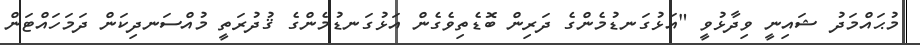
މުޙައްމަދު ޝައިނީ ވިދާޅުވީ "އަޅުގަނޑުމެންގެ ދަރިން ބޮޑެތިވެގެން އަޅުގަނޑުމެންގެ ޤުދުރަތީ މުއްސަނދިކަން ދަމަހައްޓަން